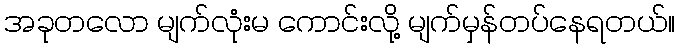
အခုတလော မျက်လုံးမ ကောင်းလို့ မျက်မှန်တပ်နေရတယ်။